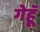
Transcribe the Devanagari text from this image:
गेहूॅ